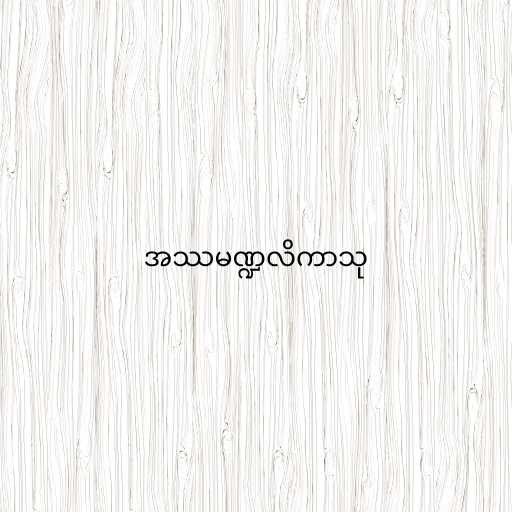
အဿမဏ္ဍလိကာသု